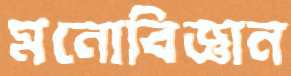
মনোবিজ্ঞান